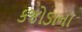
કજોડાના